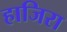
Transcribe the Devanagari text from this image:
हाजिरा